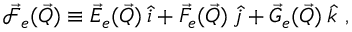
\vec { \mathcal { F } } _ { e } ( \vec { Q } ) \equiv \vec { E } _ { e } ( \vec { Q } ) \: \hat { i } + \vec { F } _ { e } ( \vec { Q } ) \: \hat { j } + \vec { G } _ { e } ( \vec { Q } ) \: \hat { k } \mathrm { ~ , ~ }